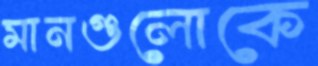
মানগুলোকে